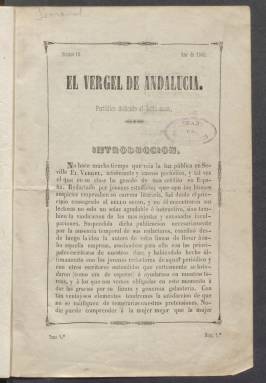
Título: El Vergel de Andalucía
Colección: Literatura || Revistas femeninas
Ámbito geográfico: Córdoba
Lugar de publicación: Córdoba
Fechas: 19/10/1845-21/12/1845

Con el subtítulo de Periódico dedicado al bello secso (escrito sexo de esa manera), aparece en Córdoba en 1845 este semanario literario que tiene la originalidad de ser escrito por mujeres y para mujeres, es decir, que solo contaba con colaboradoras y no se permitía a los hombres ser suscriptores. Pese a este marcado carácter femenino, la publicación no tiene ninguna sección de modas, dado que su finalidad es igualarse con los hombres en el terreno de la educación y la cultura.

   Se trata de una publicación de ocho páginas en las que la poesía y las narraciones ocupan casi todo su contenido, con un artículo de fondo en portada en el que las promotoras del periódico exponen su ideario. Este artículo, escrito por una mujer con el seudónimo de La Adalia cuya identificación no es segura, es una de las piezas más interesantes del semanario. Permite asomarse a las primeras inquietudes feministas de la sociedad española de mediados del siglo XIX.

   En la introducción del primer número se puede leer lo siguiente: ‘La naturaleza ha querido regalarnos un corazón ardiente y libre: el hombre ha querido comprar un señorío y una tutela absoluta a precio de nuestra humillación: nosotras manifestaremos cuan desigual es esta lucha, y haremos ver cuánto hay de violento y erróneo en las más arraigadas exigencias y preocupaciones sociales’.

  Y continúa así esta especie de manifiesto de El Vergel de Andalucía: ‘Es necesario decirlo de una vez: el día de la ilustración de la mujer será el día de muerte para el altivo imperio del hombre. Nuestra misión esencial será sacar al bello sexo de su senda de perezosa postración’.

 En el artículo del número 10, el último que se publicó, o al menos el último que posee la BNE, el artículo de fondo está dedicado al matrimonio y en él se afirma que es necesario el amor y no el interés para que el matrimonio llegue a ser feliz, toda una confesión del espíritu romántico de la época.

  El Vergel de Andalucía puede considerarse un antecedente de periódicos de la siguiente década también de espíritu protofeminista, como Ellas y La Mujer, en los que colaboraron algunas de las que lo hicieron en el semanario cordobés.

  Además de la que firmaba con el seudónimo de La Adalia, figuraron como colaboradoras de El Vergel de Andalucía Adela García, que podría ser La Adalia, y Manuela Cambronero, de las que apenas nada se sabe. Sí son conocidas otras que tendrán largo recorrido como Robustiana Armiño, Amalia Fenollosa y Ángela Grassi. Esta última había publicado sus primeras poesías en El Pensamiento de Badajoz, dirigido por Carolina Coronado, quien había defendido el derecho de las mujeres a escribir poesías.

  Más información sobre este periódico puede encontrarse en el libro ‘La prensa femenina en España (desde sus orígenes a 1868)’, escrito por Inmaculada Jiménez Morell (Ediciones De La Torre, Madrid 1992).

[Descripción publicada el 20/09/2024]